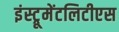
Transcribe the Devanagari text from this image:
इंस्ट्रूमेंटलिटीएस